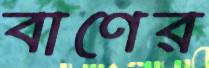
বাণের